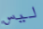
ليس